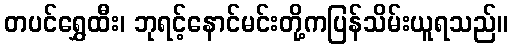
တပင်ရွှေထီး၊ ဘုရင့်နောင်မင်းတို့ကပြန်သိမ်းယူရသည်။